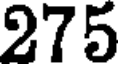
275